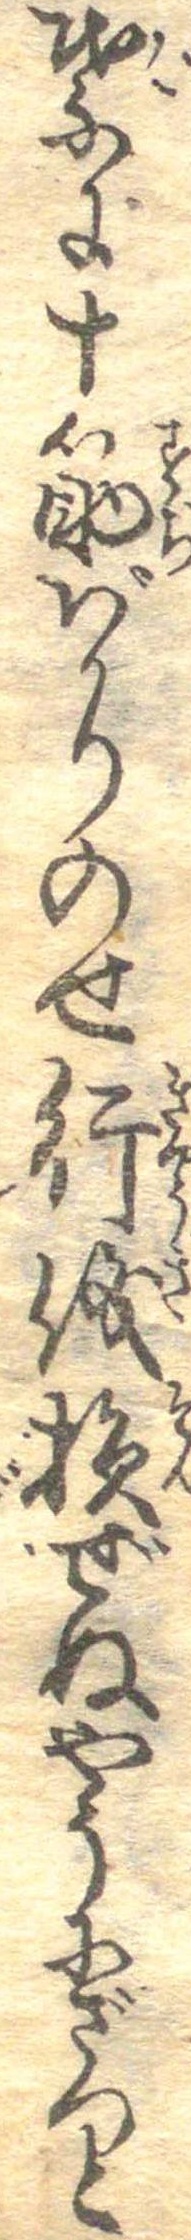
葉に十筋ばかりのせ行儀損ぜぬやうにざつと